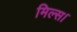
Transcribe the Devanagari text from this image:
मिल्स।